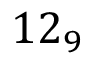
1 2 _ { 9 }